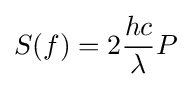
S(f)=2{\frac {hc}{\lambda }}P